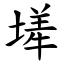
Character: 㙚